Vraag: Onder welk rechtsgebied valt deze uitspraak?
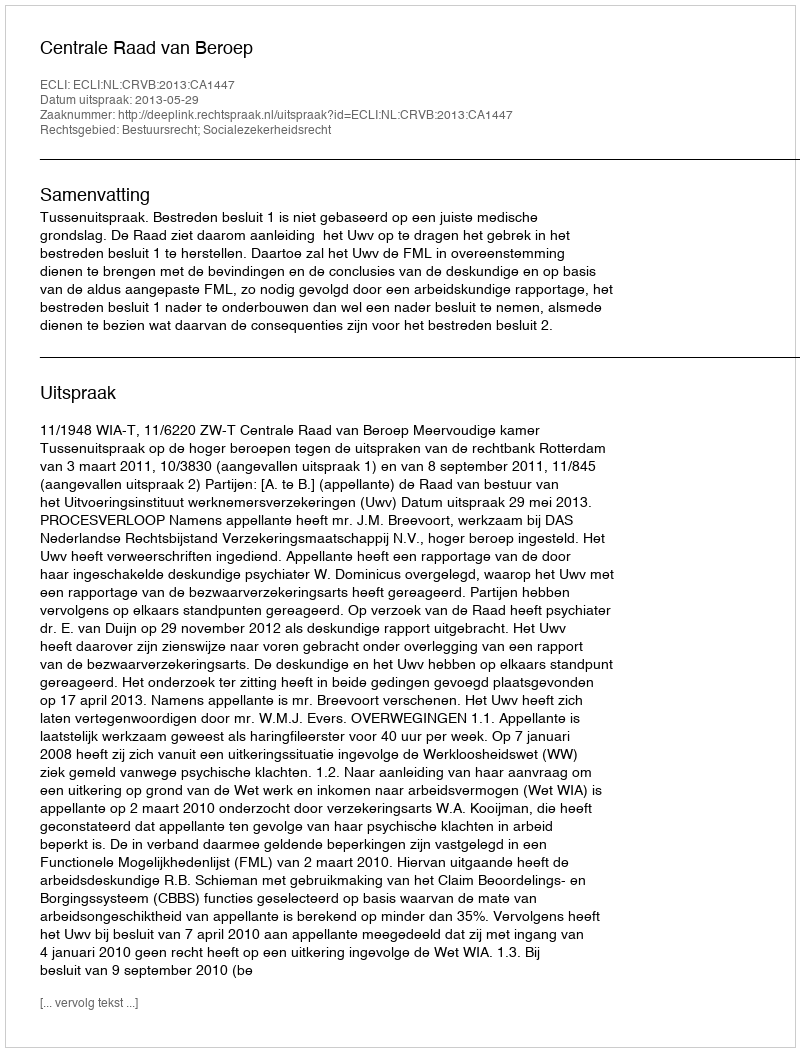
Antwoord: Bestuursrecht; Socialezekerheidsrecht